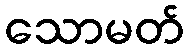
သောမတ်